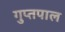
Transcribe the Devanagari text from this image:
गुप्तपाल